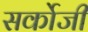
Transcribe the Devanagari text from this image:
सर्कोजी